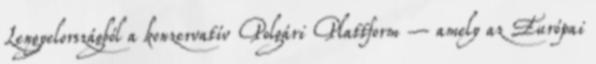
Lengyelországból a konzervatív Polgári Plattform – amely az Európai